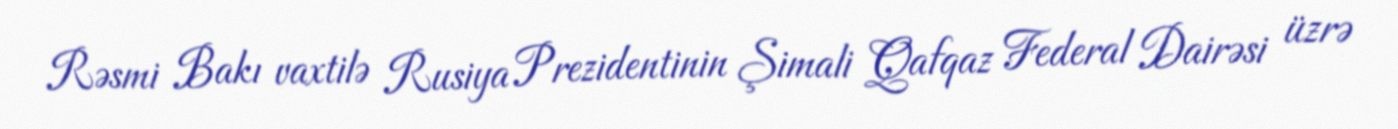
Rəsmi Bakı vaxtilə Rusiya Prezidentinin Şimali Qafqaz Federal Dairəsi üzrə